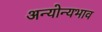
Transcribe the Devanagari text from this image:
अन्योन्यभाव